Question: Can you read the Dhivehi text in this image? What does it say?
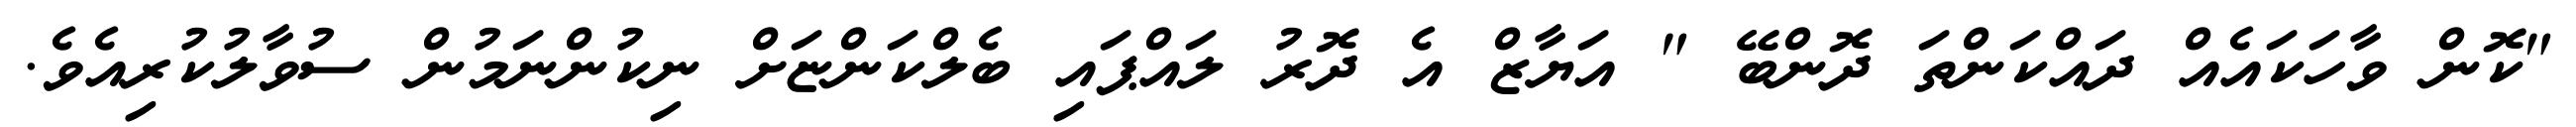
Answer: "ކޮން ވާހަކައެއް ދައްކަންތަ ދޮންބޭ " އަޔާޒް އެ ދޮރު ލައްޕައި ބެލްކަންޏަށް ނިކުންނަމުން ސުވާލުކުރިއެވެ.